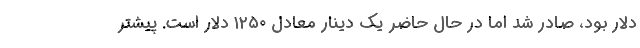
دلار بود، صادر شد اما در حال حاضر یک دینار معادل ۱۲۵۰ دلار است‌. پیشتر